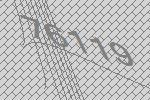
76119